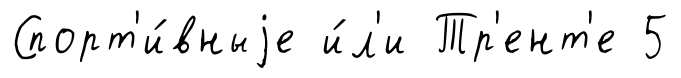
Спорт'и́вныjе и́л'и Тр'ент'е 5